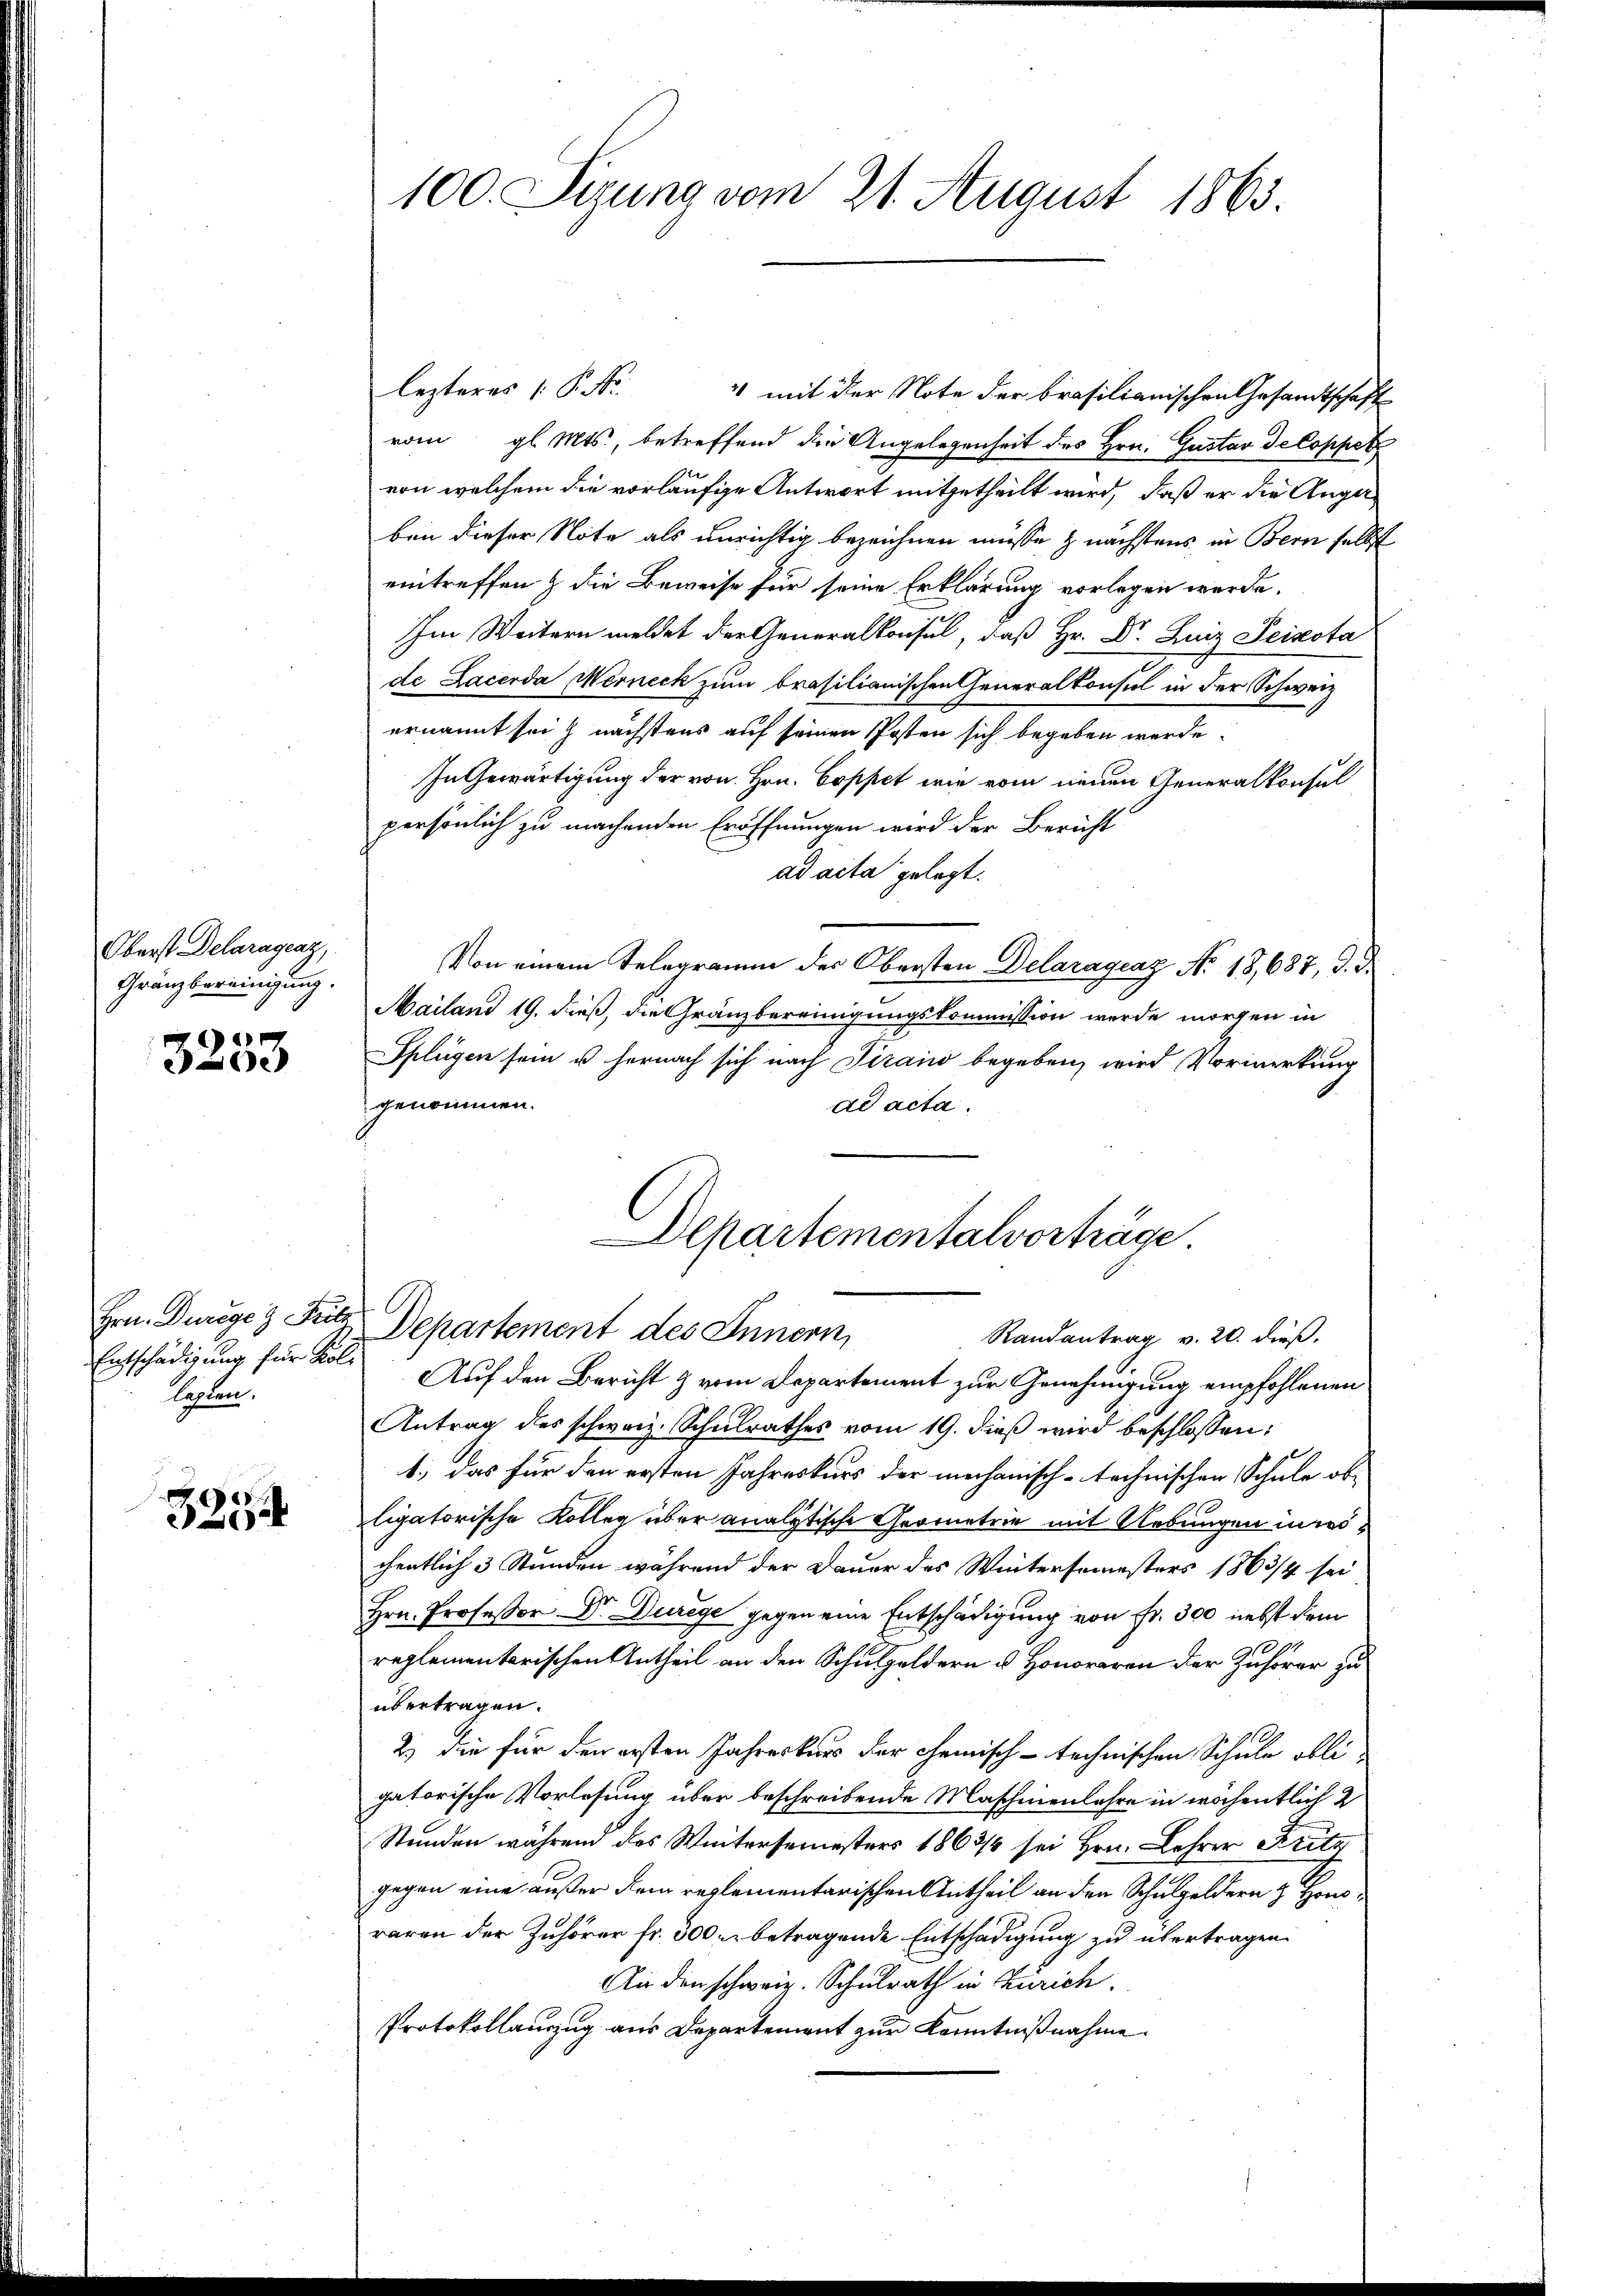
Oberst Delaragenz,
Gränzbereinigung.

2)
e

lepten.

3354

100. Siung vom 21. August 1863.

lezteres P. Nr. 4 mit der Note der brasilianischen Gesandtschaft
vom gl. Mts., betreffend die Angelegenheit des Hrn. Gustav de Coppet
von welchem die vorläufige Antwort mitgetheilt wird, daß er die Angeben dieser Note als unrichtig bezeichnen müsse zunächstens in Bern selbst
eintreffen & die Beweise für seine Erklärung vorlegen werde.
Im Weitern meldet der Generalkonsul, daß Hr. Dr. Luiz Peixota
de Lacerda Werneck zum brasilianischen Generalkonsul in der Schweiz
ernannt sei nächstens auf seinen Posten sich begeben werde.
In Gewärtigung der von Hrn. Coppet wie vom neuen Generalkonsul
persönlich zu machenden Eröffnungen wird der Bericht
ad acta gelegt.
Von einem Telegramm der Obersten Delaragraz No 13,687, d. d.
Mailand 19. dieß, die Gränzbereinigungskommission werde morgen in
Splügen sein u hernach sich nach Piraio begeben, wird Vormerkung
genommen.
ad acta.
Departementalvorträge.
Hrn. Durege & Fett Departement des Innern,
Randantrag v. 20. dieß.
Entschädigung für Kolle Auf den Bericht & vom Departement zur Genehmigung empfohlenen
Antrag des schweiz. Schulrathes vom 19. dieβ wird beschlossen:
1., das für den ersten Jahreskurs der mechanisch-technischen Schule ob-
ligatorische Kolleg über analytische Geometrie mit Uebungen in weichentlich 3 Stunden während der Dauer des Wintersemesters 1863/4 sei
Hrn. Professor Dr. Durege gegen eine Entschädigung von Fr. 300 nebst dem
10.
reglementarischen Antheil an den Schulgeldern u. Honoraren der Zuhörer zu
übertragen.
2.) Die für den ersten Jahreskurs der chemisch-technischen Schule obli-
gatorische Vorlesung über beschreibende Maschinenbahre in wöchentlich 2
Stunden während das Wintersemesters 1863/6 sei Hrn. Lehrer Fritz
gegen eine außer dem reglementarischen Antheil an den Schulgeldern & Honi
raren der Zuhörer fr. 300 r. betragende Entschädigung zu übertragen.
An den schweiz. Schulrath in Zürich.
Protokollanzug aus Departement zur Kenntnißnahme.